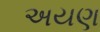
અયણ